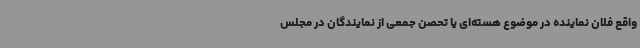
واقع فلان نماینده در موضوع هسته‌ای یا تحصن جمعی از نمایندگان در مجلس